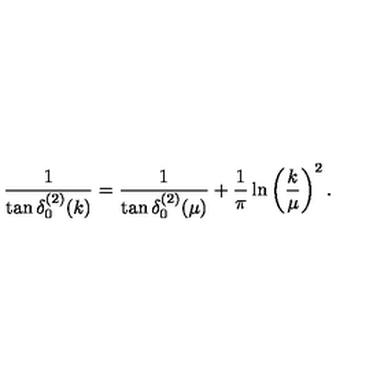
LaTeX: \frac { 1 } { \tan \delta _ { 0 } ^ { ( 2 ) } ( k ) } = \frac { 1 } { \tan \delta _ { 0 } ^ { ( 2 ) } ( \mu ) } + \frac { 1 } { \pi } \ln \left( \frac { k } { \mu } \right) ^ { 2 } .